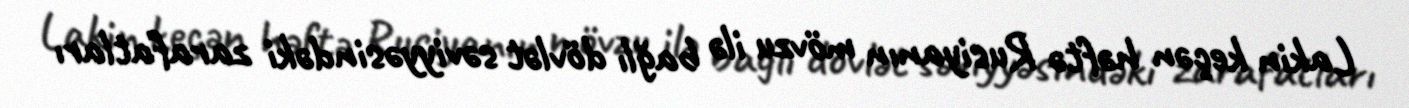
Lakin keçən həftə Rusiyanın mövzu ilə bağlı dövlət səviyyəsindəki zarafatları